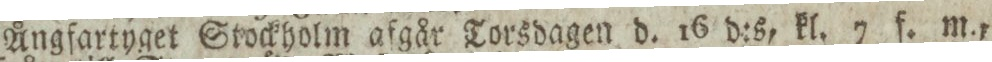
Ångfartyget Stockholm afgår Torsdagen d. 16 d:s, kl. 7 f. m.,